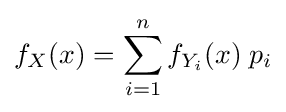
f_{X}(x)=\sum _{i=1}^{n}f_{Y_{i}}(x)\;p_{i}